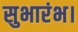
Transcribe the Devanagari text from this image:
सुभारंभ।